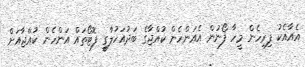
އެއާއެކު ފިރިހެން މީހާ ފޯނުން އެއަންހެން ކުއްޖާގެ ބަދުއަހުލާގީ ފޮޓޯތައް އަންހެން ކުއްޖާއަށް